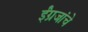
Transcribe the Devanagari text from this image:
ईंग्रजांचे